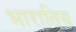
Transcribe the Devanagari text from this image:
भारातिय